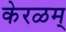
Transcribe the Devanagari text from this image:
केरळम्